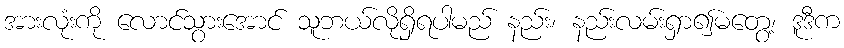
အားလုံးကို လောင်သွားအောင် သူဘယ်လိုရှိရပါမည် နည်း၊ နည်းလမ်းရှာ၍မတွေ့၊ ဒူဒီက